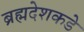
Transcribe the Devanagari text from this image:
ब्रह्मदेशकडे